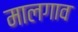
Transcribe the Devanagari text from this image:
मालगाव